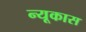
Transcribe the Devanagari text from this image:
न्यूकास